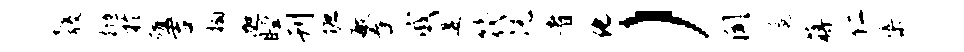
彀抛於殖吉榻迦瞠刊塘敏舂戚遘筏沅者化）闻扈蒋仁渠